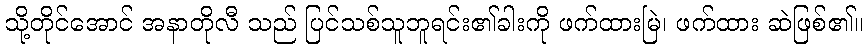
သို့တိုင်အောင် အနာတိုလီ သည် ပြင်သစ်သူဘူရင်း၏ခါးကို ဖက်ထားမြဲ၊ ဖက်ထား ဆဲဖြစ်၏။